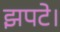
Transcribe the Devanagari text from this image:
झपटे।